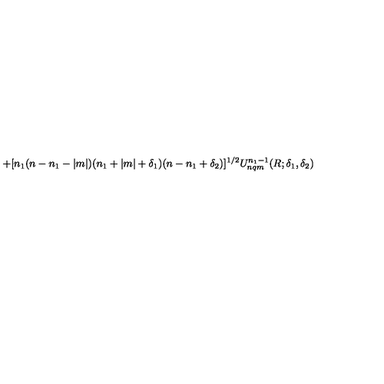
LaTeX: + [ n _ { 1 } ( n - n _ { 1 } - | m | ) ( n _ { 1 } + | m | + \delta _ { 1 } ) ( n - n _ { 1 } + \delta _ { 2 } ) ] ^ { 1 / 2 } U _ { n q m } ^ { n _ { 1 } - 1 } ( R ; \delta _ { 1 } , \delta _ { 2 } )